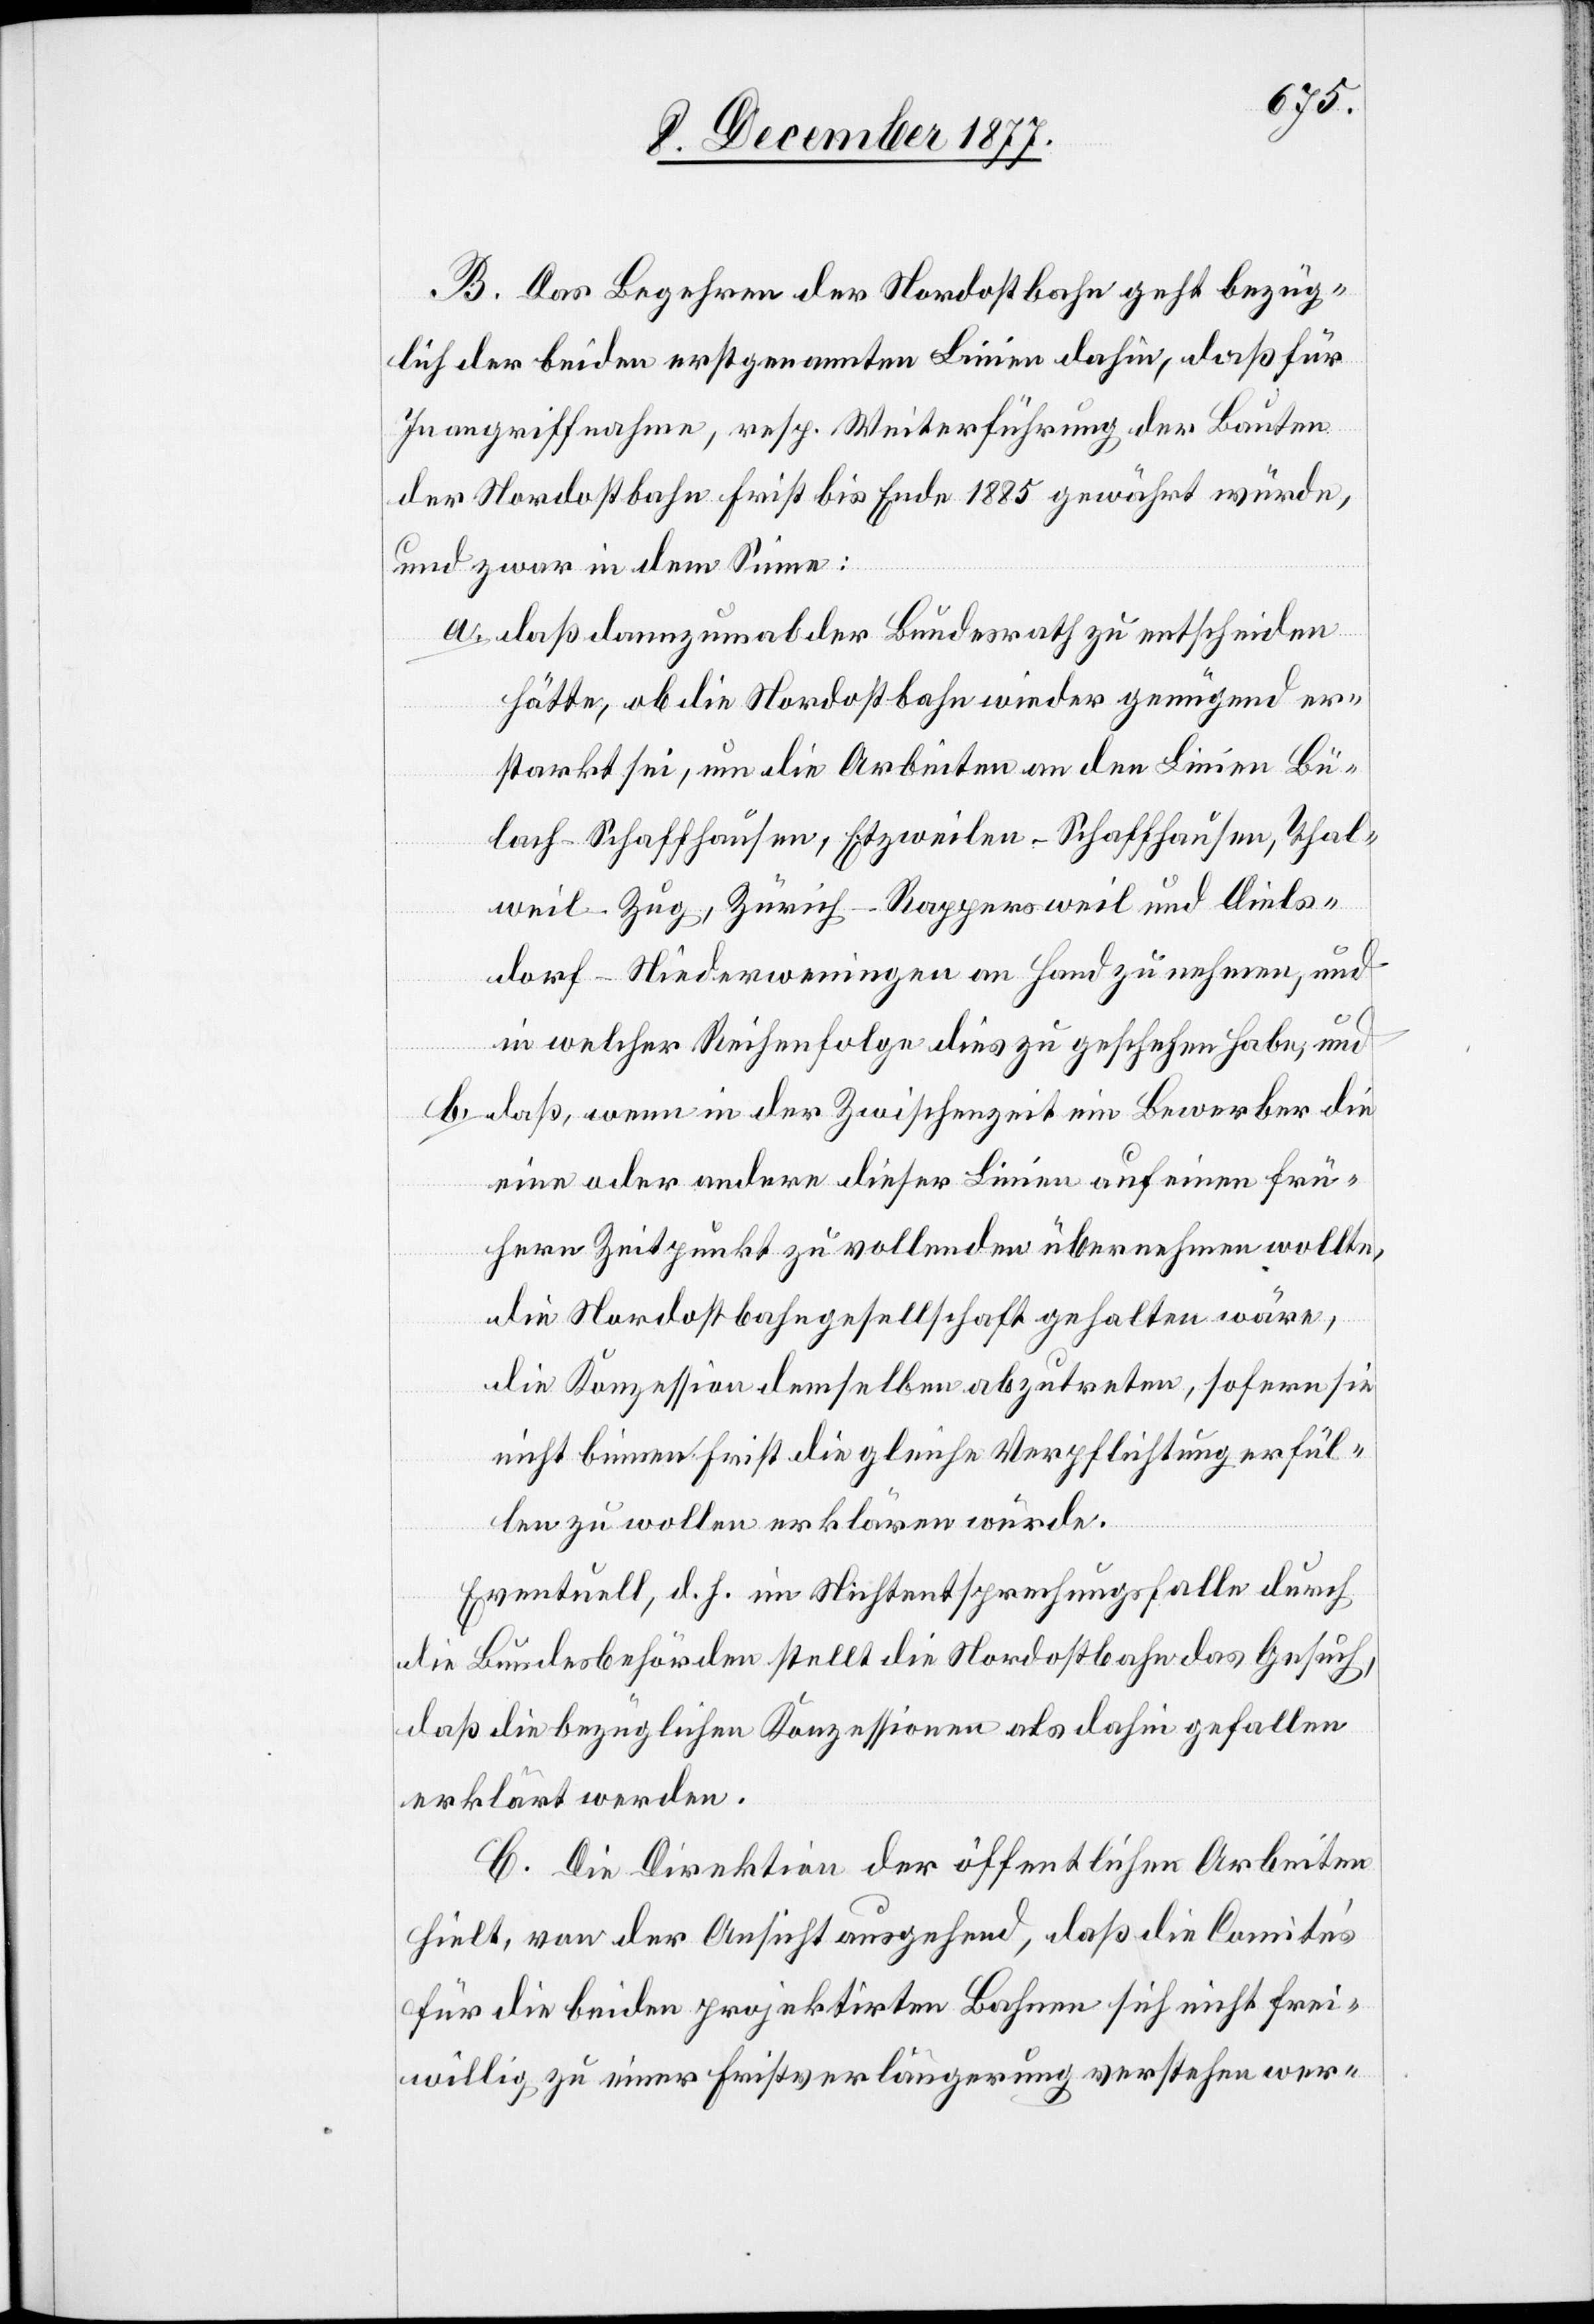
B. Das Begehren der Nordostbahn geht bezüg¬
lich der beiden erstgenannten Linien dahin, daß für
Inangriffnahme, resp. Weiterführung der Bauten
der Nordostbahn Frist bis Ende 1885 gewährt würde,
und zwar in dem Sinne:
daß dannzumal der Bundesrath zu entscheiden
hätte, ob die Nordostbahn wieder genügend er¬
starkt sei, um die Arbeiten an den Linien Bü¬
lach–Schaffhausen, Etzweilen–Schaffhausen, Thal¬
weil–Zug, Zürich–Rappersweil und Diels¬
dorf–Niederweningen an Hand zu nehmen, und
in welcher Reihenfolge dies zu geschehen habe, und
daß, wenn in der Zwischenzeit ein Bewerber die
eine oder andere dieser Linien auf einen frü¬
hern Zeitpunkt zu vollenden übernehmen wollte,
die Nordostbahngesellschaft gehalten wäre,
die Konzession demselben abzutreten, sofern sie
nicht binnen Frist die gleiche Verpflichtung erfül¬
len zu wollen erklären würde.
Eventuell, d. h. im Nichtentsprechungsfalle durch
die Bundesbehörden stellt die Nordostbahn das Gesuch,
daß die bezüglichen Konzessionen als dahin gefallen
erklärt werden.
C. Die Direktion der öffentlichen Arbeiten
hielt, von der Ansicht ausgehend, daß die Comités
für die beiden projektirten Bahnen sich nicht frei¬
willig zu einer Fristverlängerung verstehen wer-